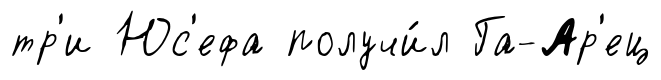
тр'и Юс'ефа получи́л Га-Ар'ец